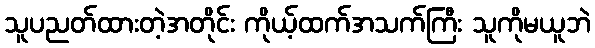
သူပညတ်ထားတဲ့အတိုင်း ကိုယ့်ထက်အသက်ကြီး သူကိုမယူဘဲ